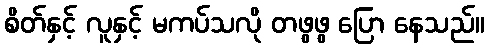
စိတ်နှင့် လူနှင့် မကပ်သလို တဖွဖွ ပြော နေသည်။